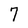
Character: 7